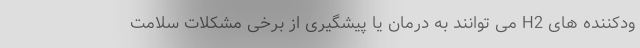
ودکننده های H2 می توانند به درمان یا پیشگیری از برخی مشکلات سلامت